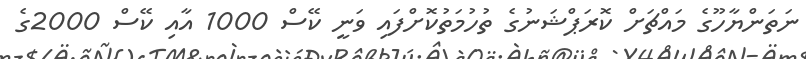
ނަަތަންޔާހޫގެ މައްޗަށް ކޮރަޕްޝަނުގެ ތުހުމަތުކޮށްފައި ވަނީ ކޭސް 1000 އާއި ކޭސް 2000ގެ